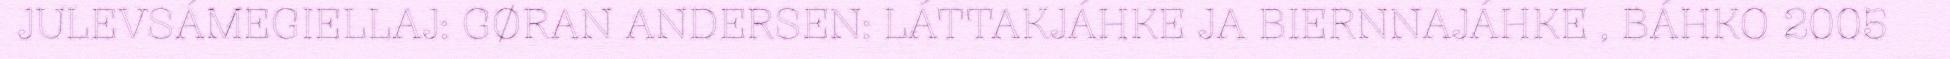
JULEVSÁMEGIELLAJ: GØRAN ANDERSEN: LÁTTAKJÁHKE JA BIERNNAJÁHKE , BÁHKO 2005